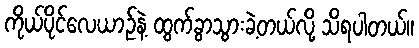
ကိုယ်ပိုင်လေယာဉ်နဲ့ ထွက်ခွာသွားခဲ့တယ်လို့ သိရပါတယ်။